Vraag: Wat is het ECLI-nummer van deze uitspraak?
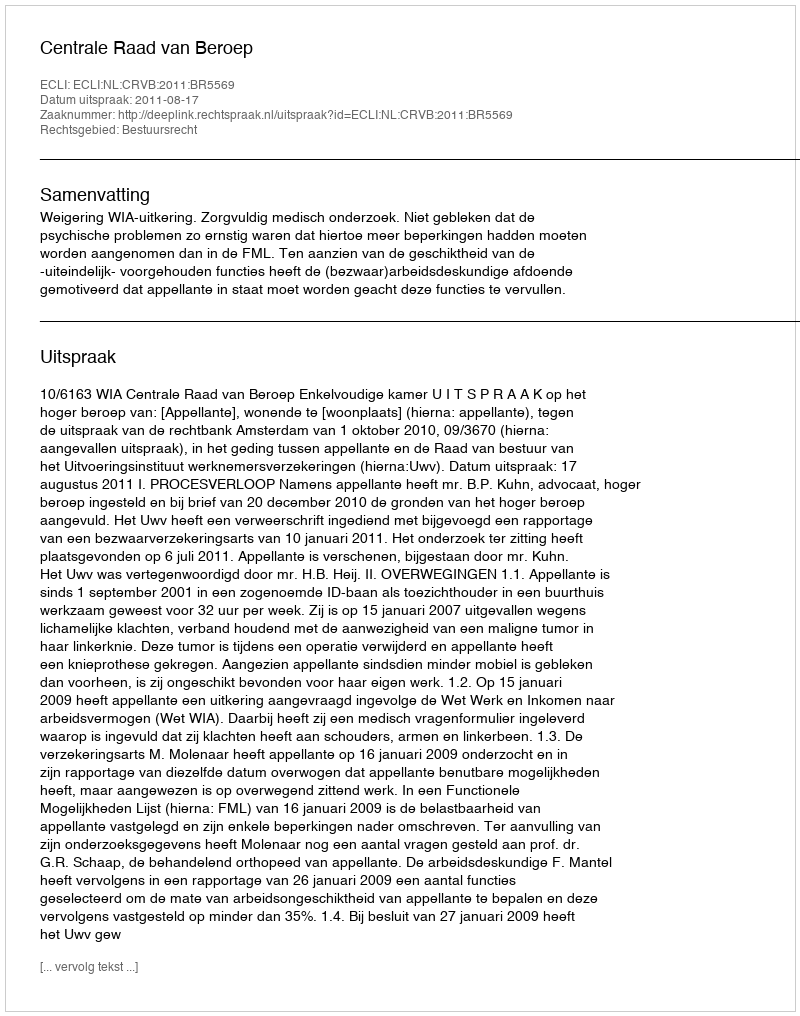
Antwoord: ECLI:NL:CRVB:2011:BR5569